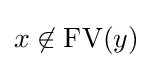
x\not \in \operatorname {FV} (y)